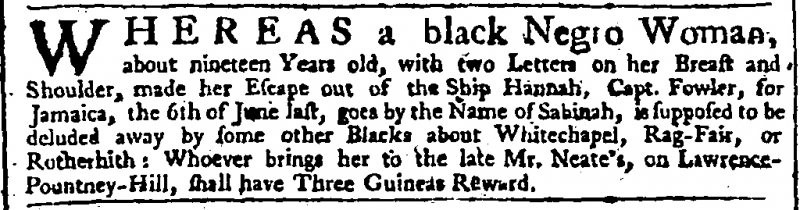
Daily Advertiser, 14 September 1743 (England)
WHEREAS a black Negro Woman, about nineteen Years old, with two Letters on her Breast and Shoulder, made her Escape out of the Ship Hannah, Capt. Fowler, for Jamaica, the 6th of June last, goes by the Name of Sabinah, is supposed to be deluded away by some other Blacks about Whitechapel, Rag-Fair, or Rotherhith: Whoever brings her to the late Mr. Neate’s, on Lawrence-Pountney-Hill, shall have three Guineas Reward.